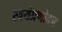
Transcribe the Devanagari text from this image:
स्वयंप्रणोदन